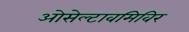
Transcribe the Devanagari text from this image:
ओसेल्टावमिविर